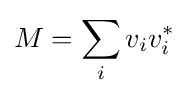
M=\sum _{i}v_{i}v_{i}^{*}